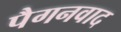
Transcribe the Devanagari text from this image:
पैगनवाद